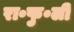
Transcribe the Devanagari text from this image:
रा॰फु॰ली